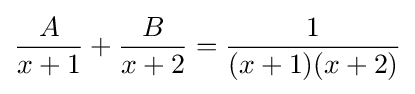
{\frac {A}{x+1}}+{\frac {B}{x+2}}={\frac {1}{(x+1)(x+2)}}